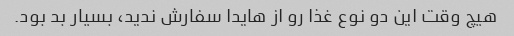
هیچ وقت این دو نوع غذا رو از هایدا سفارش ندید، بسیار بد بود.